Civil Veterinary Department Bihar & Orissa reports 1929-36 - 1929-1936
Year: 1929
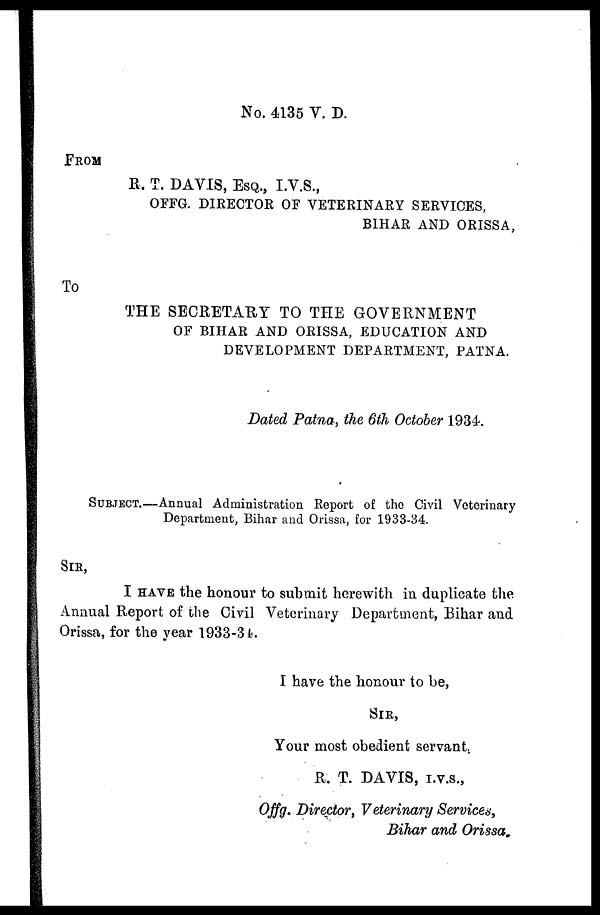
No. 4135 V. D.
FROM
R. T. DAVIS, ESQ., I.V.S.,
OFFG. DIRECTOR OF VETERINARY SERVICES,
BIHAR AND ORISSA,
To
THE SECRETARY TO THE GOVERNMENT
OF BIHAR AND ORISSA, EDUCATION AND
DEVELOPMENT DEPARTMENT, PATNA.
Dated Patna, the 6th October 1934.
SUBJECT.—Annual Administration Report of the Civil Veterinary
Department, Bihar and Orissa, for 1933-34.
SIR,
I HAVE the honour to submit herewith in duplicate the
Annual Report of the Civil Veterinary Department, Bihar and
Orissa, for the year 1933-34.
I have the honour to be,
SIR,
Your most obedient servant
R. T. DAVIS, I.V.S.,
Offg. Director, Veterinary Services,
Bihar and Orissa,